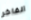
الفاخر